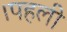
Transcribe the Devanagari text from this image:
।पहली